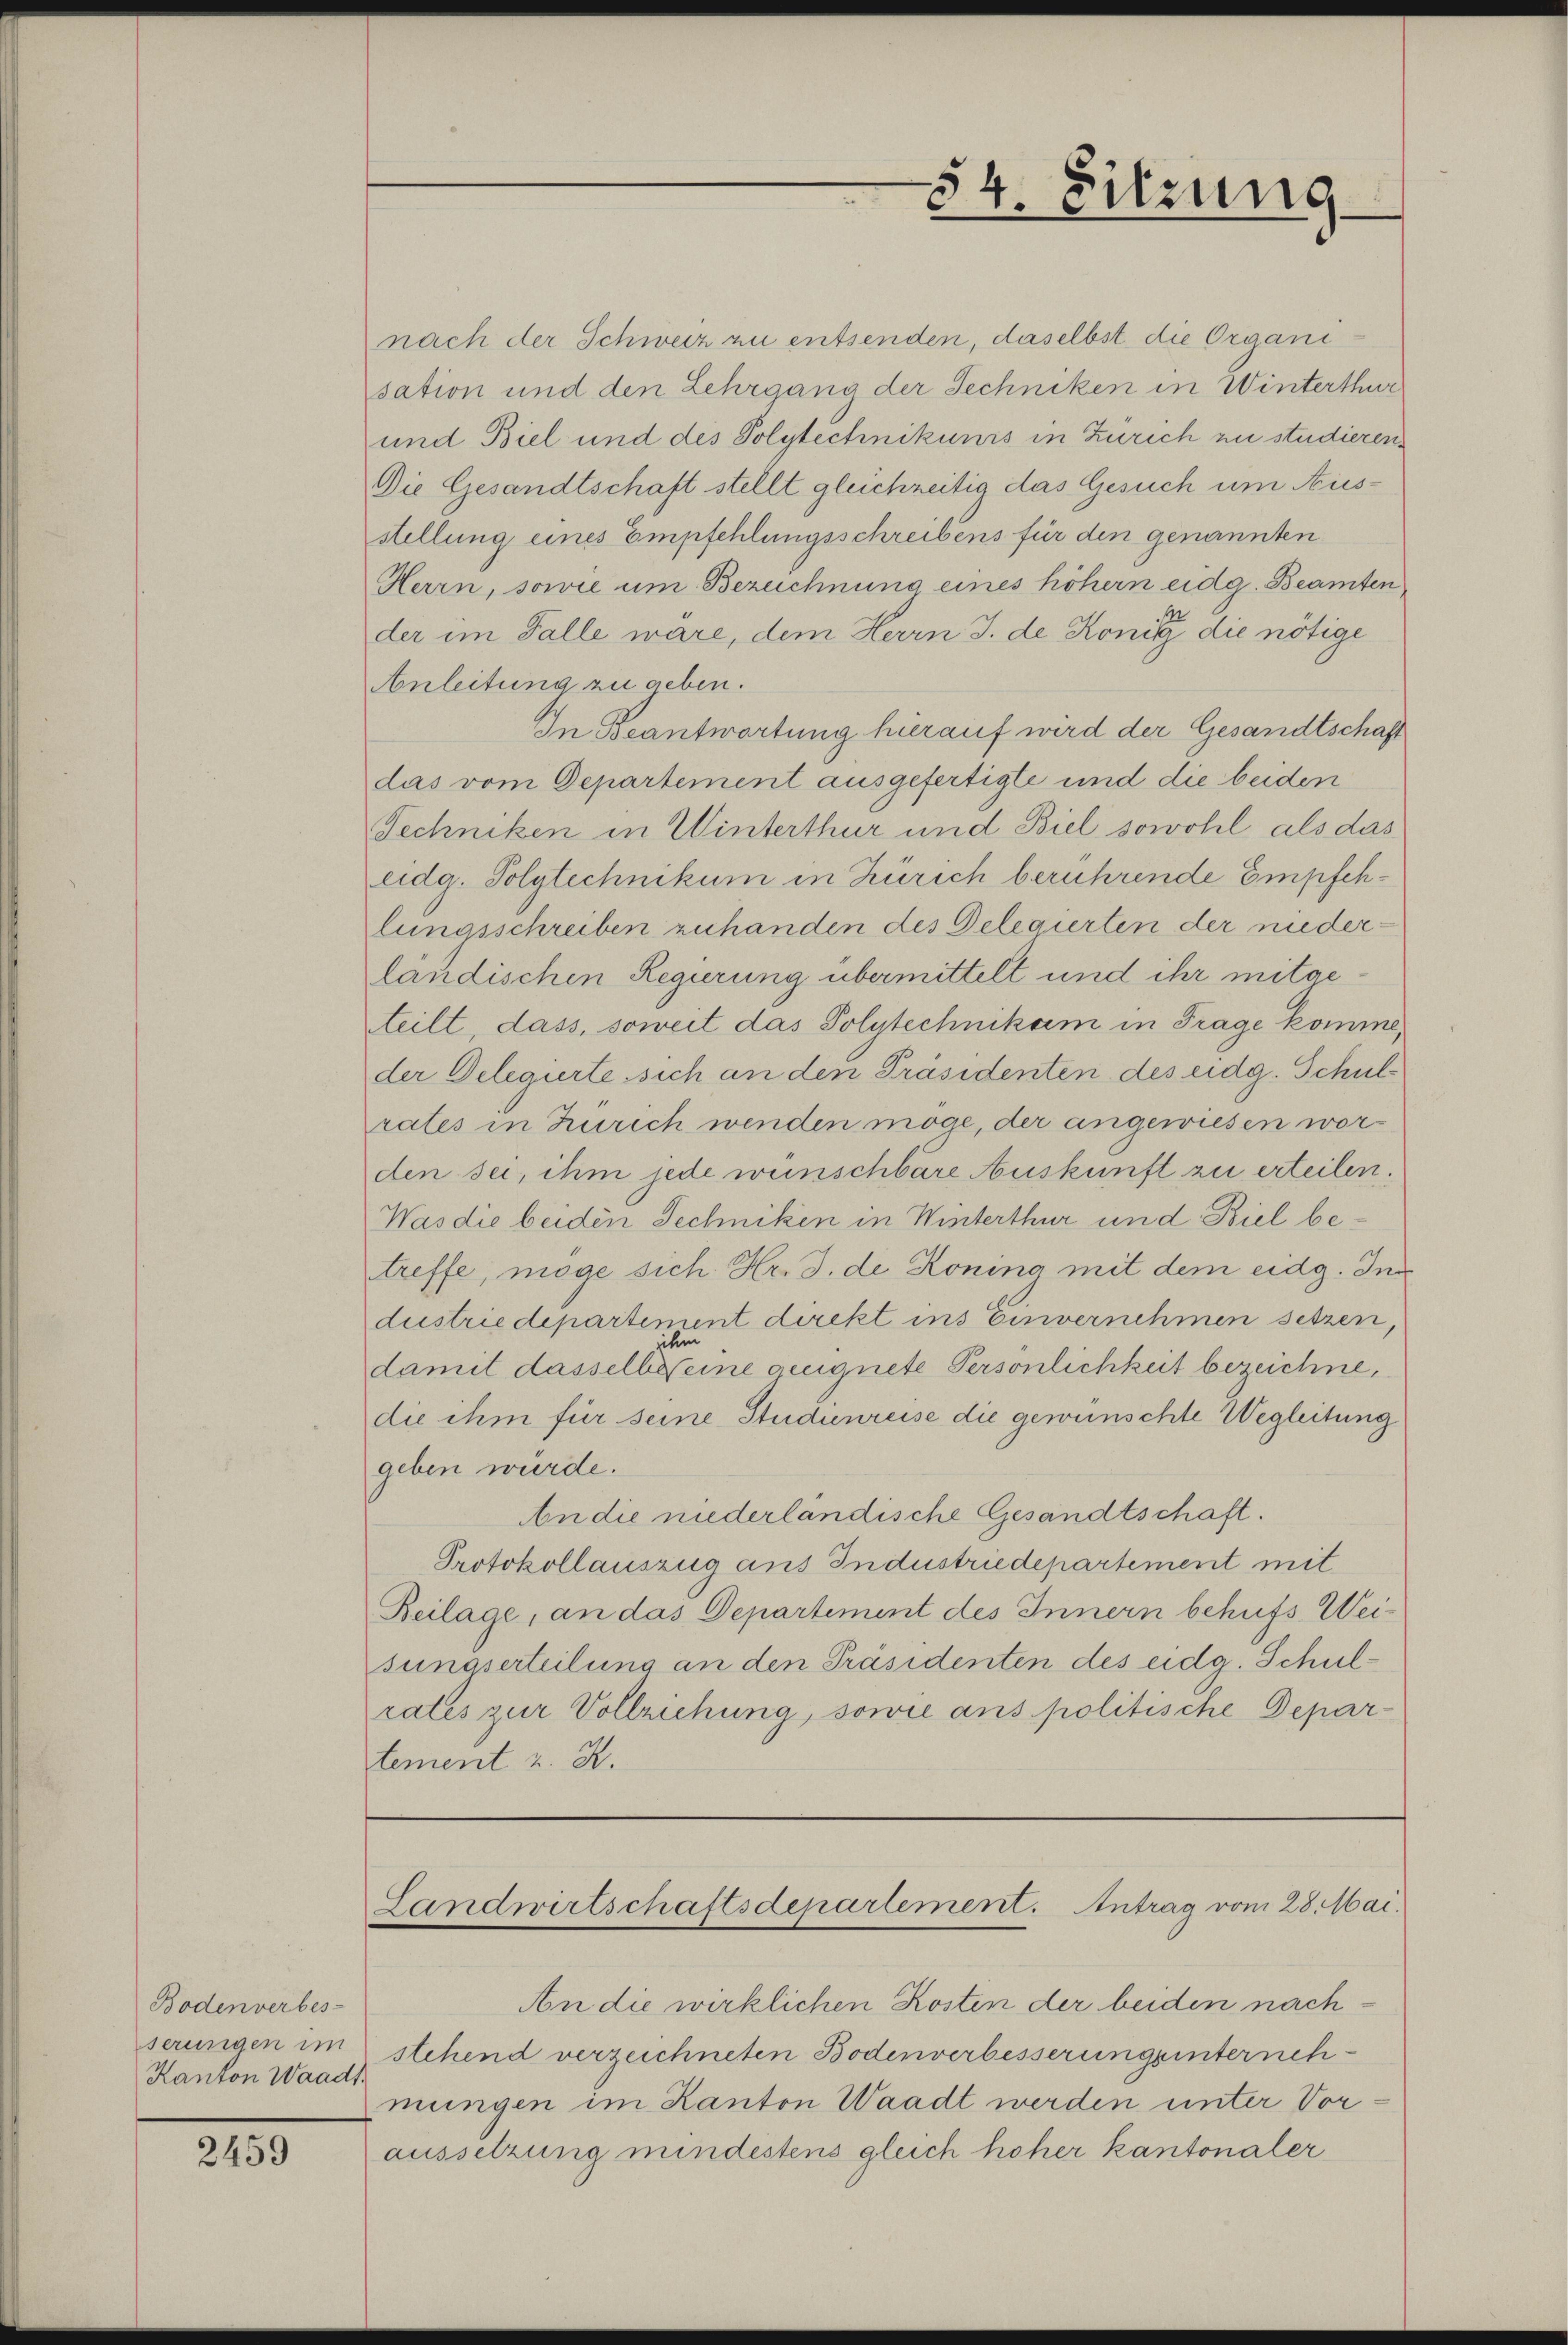
Bodenverbes-
serungen im
Kanton Waadt

2459

nach der Schweiz zu entsenden, daselbst die Organisation und den Lehrgang der Techniken in Winterthur
und Biel und des Polytechnikunis in Zürich zu studieren
Die Gesandtschaft stellt gleichzeitig das Gesuch um Ausstellung eines Empfehlungsschreibens für den genannten
Herrn, sowie um Bezeichnung eines höhern eidg. Beamten
der im Falle wäre, dem Herrn J. de Konig die nötige
Anleitung zu geben.
In Beantwortung hierauf wird der Gesandtschaft
das vom Departement ausgefertigte und die beiden
Techniken in Winterthur und Biel sowohl als das
eidg. Polytechnikum in Zürich berührende Empfehlungsschreiben zuhanden des Delegierten der niederländischen Regierung übermittelt und ihr mitgeteilt, dass, soweit das Polytechnikum in Frage komme,
der Delegierte sich an den Präsidenten des eidg. Schulrates in Zürich wenden möge, der angewiesen worden sei, ihm jede wünschbare Auskunft zu erteilen.
Was die beiden Techniken in Winterthur und Biel betreffe, möge sich Hr. J. de Koning mit dem eidg. Ing
dustrie departement direkt ins Einvernehmen setzen,
ihm
damit dasselbe seine geeignete Persönlichkeit bezeichne,
die ihm für seine Studienreise die gewünschte Wegleitung
geben wurde.
An die niederländische Gesandtschaft.
Protokollauszug aus Industriedepartement mit
Beilage, an das Departement des Innern behufs Weisunaserteilung an den Präsidenten des eidg. Schulrates zur Vollziehung, sowie aus politische Departement z. B.

An die wirklichen Kosten der beiden nachstehend verzeichneten Bodenverbesserunguinternehmungen im Kanton Waadt werden unter Voraussetzung mindestens gleich höher kantonaler

54. Sitzung

Landwirtschaftsdepartement. Antrag vom 28. Mai.